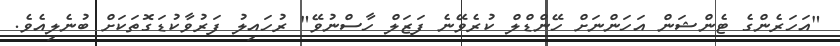
"އަހަރެންގެ ޓެންޝަން އަހަންނަށް ހޭންޑްލް ކުރެވޭނެ ފަޒަލް ހާސްނުވޭ" ރުހައިލު ފަރުވާކުޑަގޮތަކަށް ބުނެލިއެވެ.